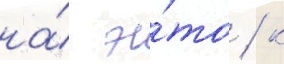
на́ э́то / к